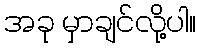
အခု မှာချင်လို့ပါ။